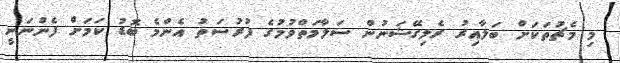
މި މެޗުތަކަށް ބަލާއިރު ރެލިގޭޝަނުން ސަލާމަތްވުމުގެ ފުރުސަތު އެންމެ ބޮޑު ކަމަށް ފެންނަނީ